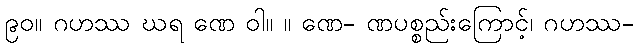
၉၀။ ဂဟဿ ဃရ ဏေ ဝါ။ ။ ဏေ- ဏပစ္စည်းကြောင့်၊ ဂဟဿ-